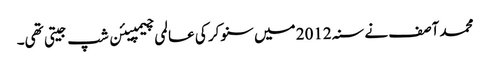
محمد آصف نے سنہ 2012 میں سنوکر کی عالمی چیمپیئن شپ جیتی تھی۔